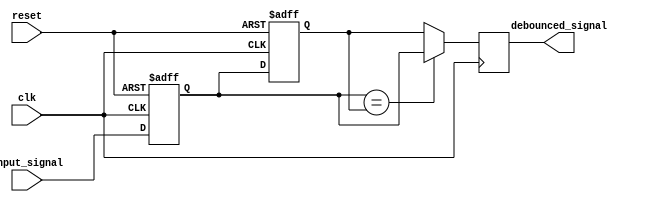
module debounce_circuit (
    input wire clk,
    input wire reset,
    input wire input_signal,
    output reg debounced_signal
);

reg current_state, prev_state;

always @(posedge clk or posedge reset) begin
    if (reset) begin
        current_state <= 1'b0;
        prev_state <= 1'b0;
    end else begin
        prev_state <= current_state;
        current_state <= input_signal;
    end
end

always @(posedge clk) begin
    if (current_state == prev_state) begin
        debounced_signal <= current_state;
    end else begin
        debounced_signal <= prev_state;
    end
end

endmodule